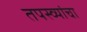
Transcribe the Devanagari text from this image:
तपस्व्यांचा